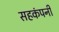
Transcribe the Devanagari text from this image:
सहकंपनी